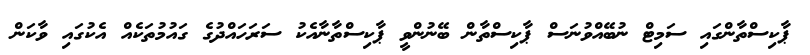
ޕާކިސްތާންގައި ސަމިޓް ނުބޭއްވުނަސް ޕާކިސްތާން ބޭނުންވީ ޕާކިސްތާނާއެކު ސަރަހައްދުގެ ގައުމުތަކެއް އެކުގައި ވާކަން